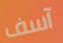
آسف